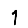
Digit: 1